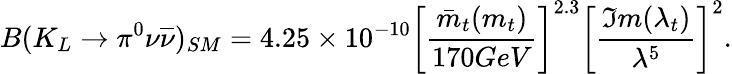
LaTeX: B(K_{L}\rightarrow\pi^{0}\nu\overline{{{\nu}}})_{SM}=4.25\times 10^{-10}\left[\frac{\bar{m}_{t}(m_{t})}{170GeV}\right]^{2.3}\left[\frac{\Im m(\lambda_{t})}{\lambda^{5}}\right]^{2}.